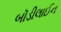
બૉડીલાઈન